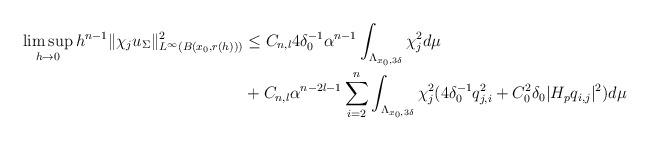
LaTeX: \begin{align*}\begin{aligned}\limsup_{h\to 0}h^{n-1}\|\chi_j u_\Sigma\|_{L^\infty(B(x_0,r(h)))}^2&\leq C_{n,l}{4}\delta_0^{-1}\alpha^{n-1} \int_{\Lambda_{x_0,3\delta}} \chi_j^2d\mu\\&+C_{n,l}\alpha^{n-2l-1}\sum_{i=2}^{n}\int_{\Lambda_{x_0,3\delta}} \chi_j^2({4}\delta_0^{-1}q_{j,i}^2+{C_0^2}\delta_0|H_pq_{i,j}|^2)d\mu\end{aligned}\end{align*}